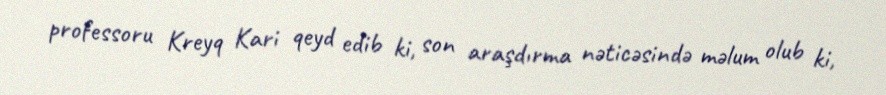
professoru Kreyq Kari qeyd edib ki, son araşdırma nəticəsində məlum olub ki,